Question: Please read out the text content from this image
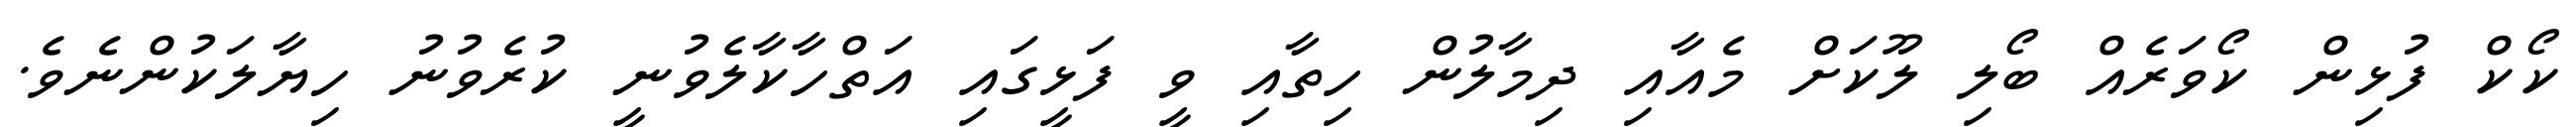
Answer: ކޯކް ފުޅިން ކޯވަރެއް ބޯލި ލޫކަށް މެއާއި ދިމާލުން ހިތާއި ވީ ފަޅީގައި އަތްހާކާލެވުނީ ކުރެވުނު ހިޔާލަކުންނެވެ.